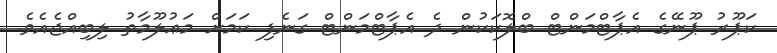
ކަޕޫރު ޕޫނޭގެ އެޕާޓްމަންޓް ބްލޮކަކުން ދެ އެޕާޓްމަންޓް ގަނެފި ކަމަށް މަޢުލޫމާތު ލިބިއްޖެއެވެ.